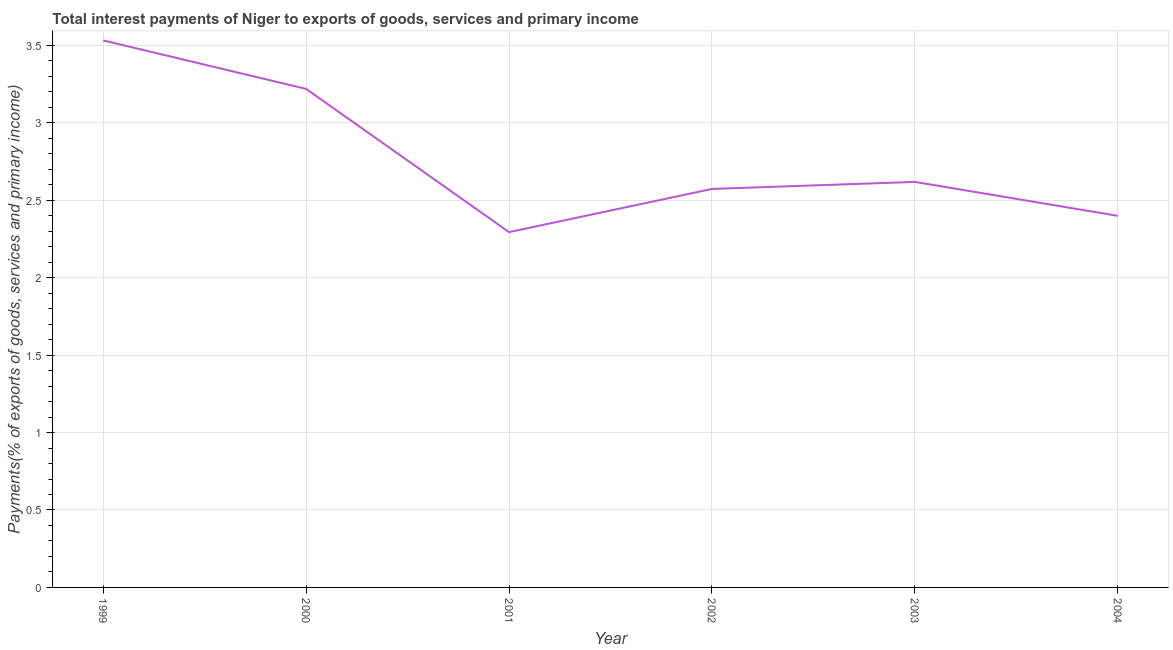
| Year | Interest payments on external debt |
 | --- | --- |
 | 1999 | 3.53 |
 | 2000 | 3.22 |
 | 2001 | 2.29 |
 | 2002 | 2.57 |
 | 2003 | 2.62 |
 | 2004 | 2.4 |